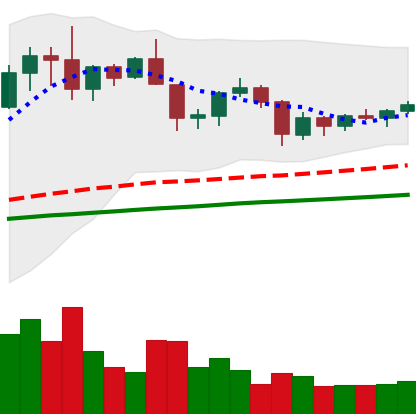
Ticker: XRP-USD
Chart end date: 2019-06-15
Forward return: 4.728%
Label: up_3_5